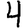
Digit: 4